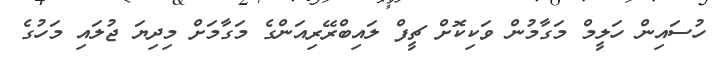
ހުސައިން ހަލީމް މަގާމުން ވަކިކޮށް ޗީފް ލައިބްރޭރިއަންގެ މަގާމަށް މިދިޔަ ޖުލައި މަހުގެ